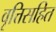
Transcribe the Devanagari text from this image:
वृत्तिसहित